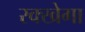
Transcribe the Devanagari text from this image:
रक्खेगा